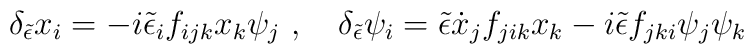
\delta_{\tilde \epsilon} x_i=-i{\tilde \epsilon}_i       f_{ijk}x_k\psi_j\ ,\quad    \delta_{\tilde \epsilon} \psi_i={\tilde \epsilon} {\dot x}_j f_{jik}x_k  -i{\tilde \epsilon} f_{jki}\psi_j\psi_k